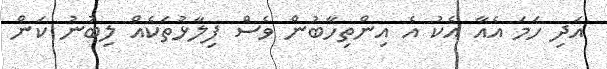
އަދި ހަމަ އެއާ އެކު އެ އިންތިހާބުން ވެސް ފިލާޅުތަކެއް ލިބުނު ކަން